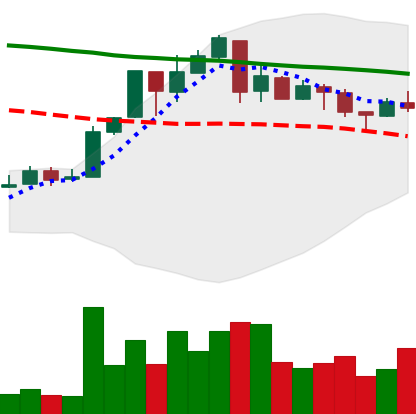
Ticker: XMR-USD
Chart end date: 2018-05-03
Forward return: -9.198%
Label: down_7plus